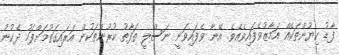
ފާޑު ކިޔުންތަކެއް އަމާޒުވެފައިވެއެވެ. އޭނާ ވެފައިވަނީ ނަސްލީ ތަފާތު ކުރުންތަކުން އަރައިގަތުމަށްފަހު ދެކުނު